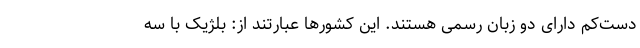
دست‌کم دارای دو زبان رسمی هستند. این کشورها عبارتند از: بلژیک با سه